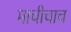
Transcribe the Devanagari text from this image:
माचीचाच